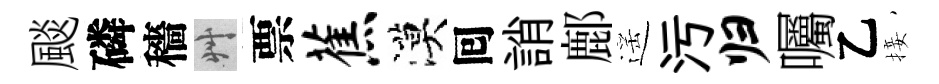
颷磷穡艸票蕉漠囘誚鄜遥污归囑乙接